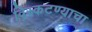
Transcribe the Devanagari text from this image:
विस्कटण्याचा